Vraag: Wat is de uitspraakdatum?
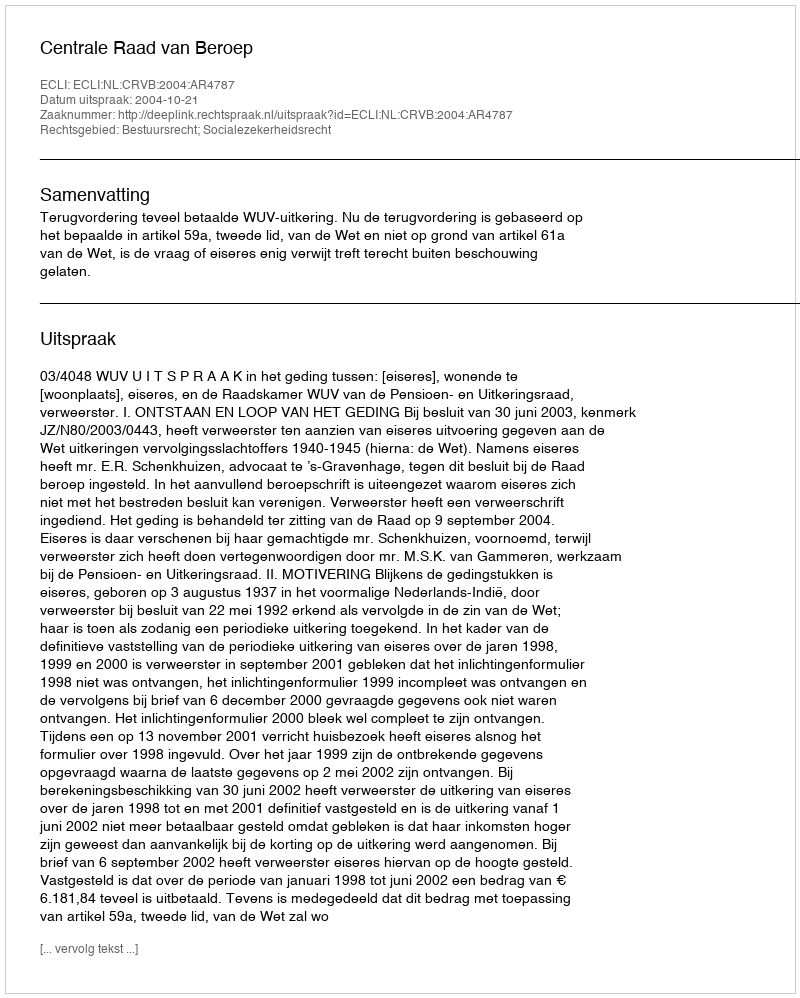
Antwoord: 2004-10-21